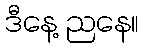
ဒီနေ့ ညနေ။